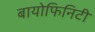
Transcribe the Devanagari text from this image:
बायोफिनिटी